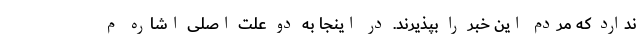
ندارد که مردم این خبر را بپذیرند. در اینجا به دو علت اصلی اشاره م